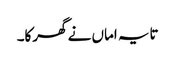
تایہ اماں نے گھرکا۔